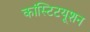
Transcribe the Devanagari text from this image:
कांस्टिटयूशन